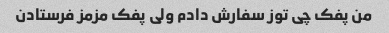
من پفک چی توز سفارش دادم ولی پفک مزمز فرستادن